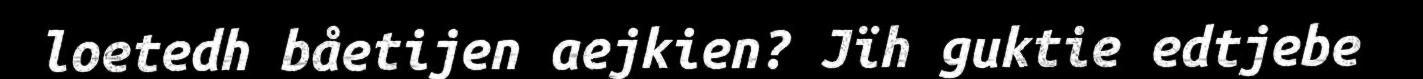
loetedh båetijen aejkien? Jïh guktie edtjebe